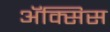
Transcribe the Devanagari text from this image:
ॲक्सिस